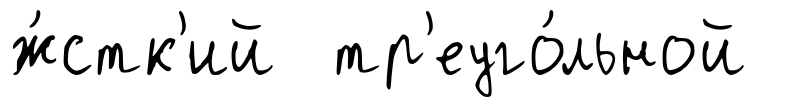
ж́стк'ий тр'еуго́льной